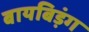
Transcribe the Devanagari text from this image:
बायबिड़ंग